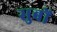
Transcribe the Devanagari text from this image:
सुबों